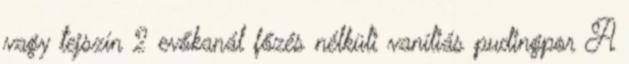
vagy tejszín 2 evőkanál főzés nélküli vaníliás pudingpor A